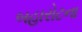
બહારોટના